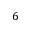
6